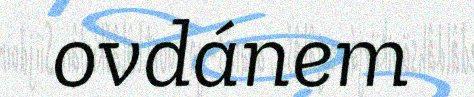
ovdánem